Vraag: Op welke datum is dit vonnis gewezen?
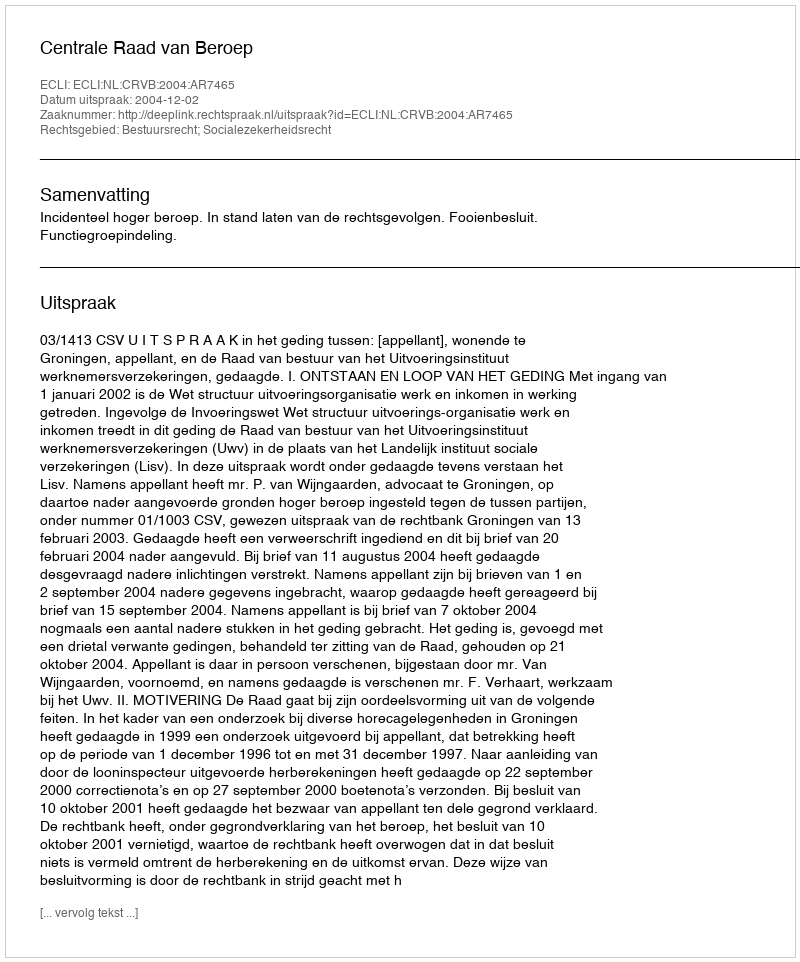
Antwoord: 2004-12-02